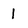
Character: 1